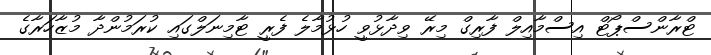
ޓްރާންސްޕޯޓް އިސްމާއިލް ފާރިގް މިރޭ ވިދާޅުވީ ހުޅުމާލެ ފެރީ ޓާމިނަލްގައި ކުރަމުންދާ މުޒާހަރާގެ